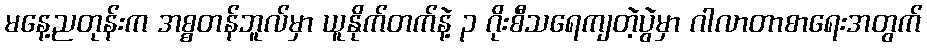
မနေ့ညတုန်းက အစ္စတန်ဘူလ်မှာ ယူနိုက်တက်နဲ့ ၃ ဂိုးစီသရေကျတဲ့ပွဲမှာ ဂါလာတာစာရေးအတွက်